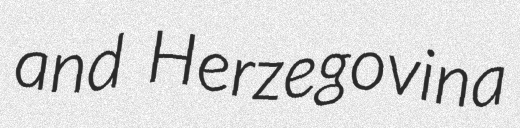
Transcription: and Herzegovina